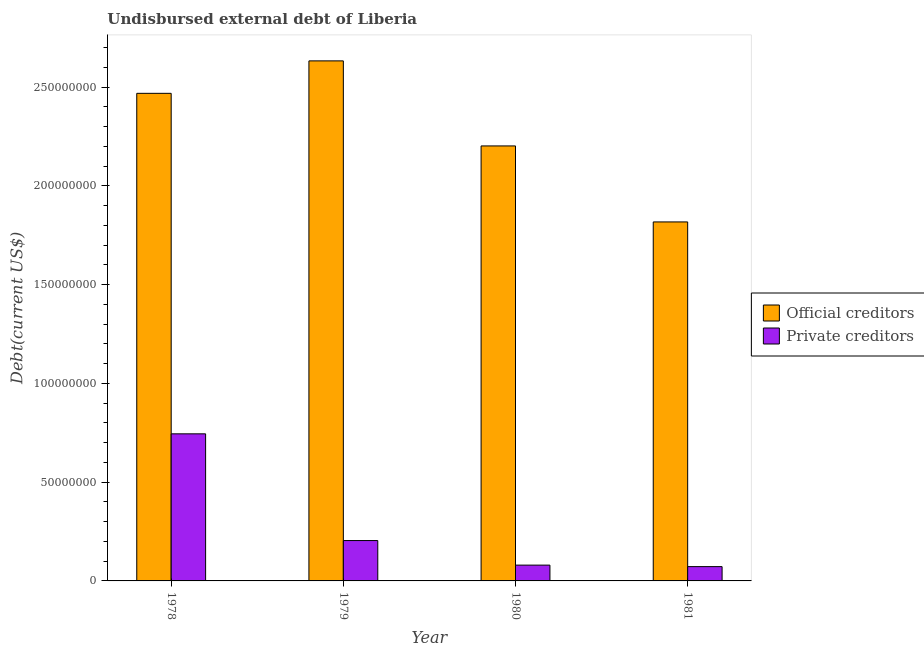
| Year | Official creditors | Private creditors |
 | --- | --- | --- |
 | 1978 | 2.47e+08 | 7.45e+07 |
 | 1979 | 2.63e+08 | 2.04e+07 |
 | 1980 | 2.2e+08 | 8e+06 |
 | 1981 | 1.82e+08 | 7.24e+06 |